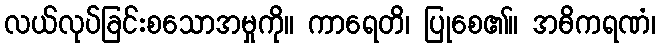
လယ်လုပ်ခြင်းစသောအမှုကို။ ကာရေတိ၊ ပြုစေ၏။ အဓိကရဏံ၊